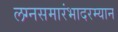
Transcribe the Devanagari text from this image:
लग्नसमारंभादरम्यान